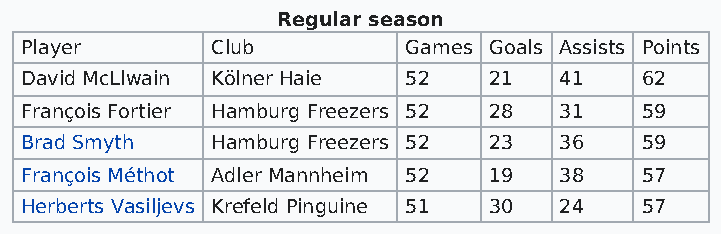
Regular season
 Player       Club         Games Goals Assists Points
 David McLlwain Kölner Haie 52  21   41   62
 François Fortier Hamburg Freezers 52 28 31 59
 Brad Smyth   Hamburg Freezers 52 23 36   59
 François Méthot Adler Mannheim 52 19 38  57
 Herberts Vasiljevs Krefeld Pinguine 51 30 24 57